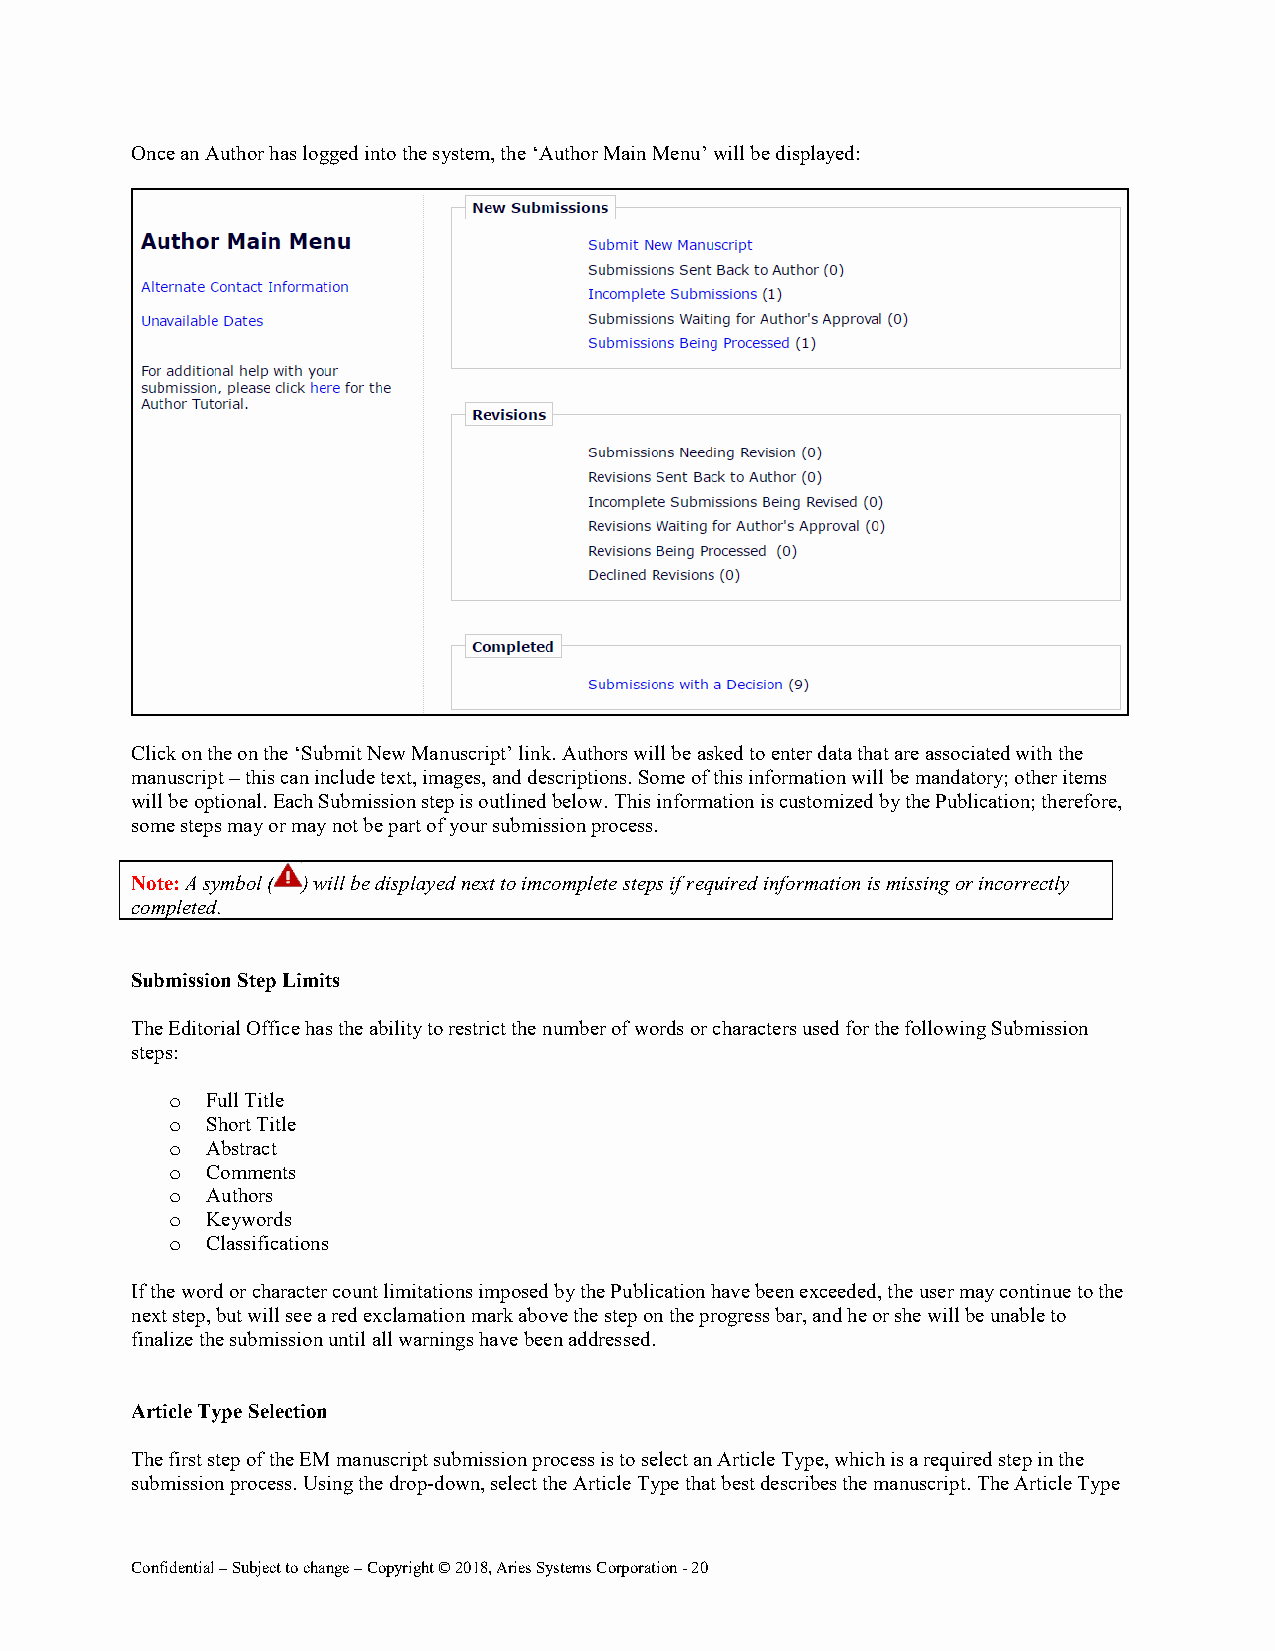
Once an Author has logged into the system, the ‘Author Main Menu’ will be displayed:
 Click on the on the ‘Submit New Manuscript’ link. Authors will be asked to enter data that are associated with the
 manuscript – this can include text, images, and descriptions. Some of this information will be mandatory; other items
 will be optional. Each Submission step is outlined below. This information is customized by the Publication; therefore,
 some steps may or may not be part of your submission process.
 Note: A symbol ( ) will be displayed next to imcomplete steps if required information is missing or incorrectly
 completed.
 Submission Step Limits
 The Editorial Office has the ability to restrict the number of words or characters used for the following Submission
 steps:
 o  Full Title
 o  Short Title
 o  Abstract
 o  Comments
 o  Authors
 o  Keywords
 o  Classifications
 If the word or character count limitations imposed by the Publication have been exceeded, the user may continue to the
 next step, but will see a red exclamation mark above the step on the progress bar, and he or she will be unable to
 finalize the submission until all warnings have been addressed.
 Article Type Selection
 The first step of the EM manuscript submission process is to select an Article Type, which is a required step in the
 submission process. Using the drop-down, select the Article Type that best describes the manuscript. The Article Type
 Confidential – Subject to change – Copyright © 2018, Aries Systems Corporation - 20